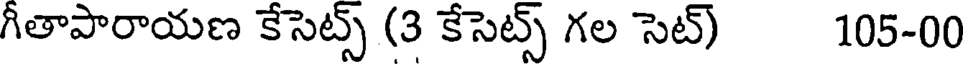
గీతాపారాయణ కేసెట్స్ (3 కేసెట్స్ గల సెట్) 105-00